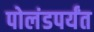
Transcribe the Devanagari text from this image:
पोलंडपर्यंत